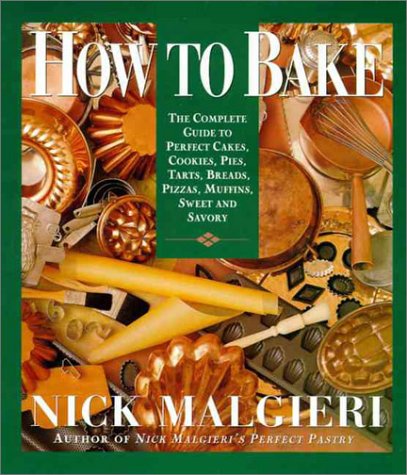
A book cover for How to Bake: Complete Guide to Perfect Cakes, Cookies, Pies, Tarts, Breads, Pizzas, Muffins,; Nick Malgieri; Cookbooks, Food & Wine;